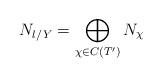
LaTeX: \begin{align*}N_{l/Y}=\bigoplus_{\chi\in C(T')}N_{\chi}\end{align*}